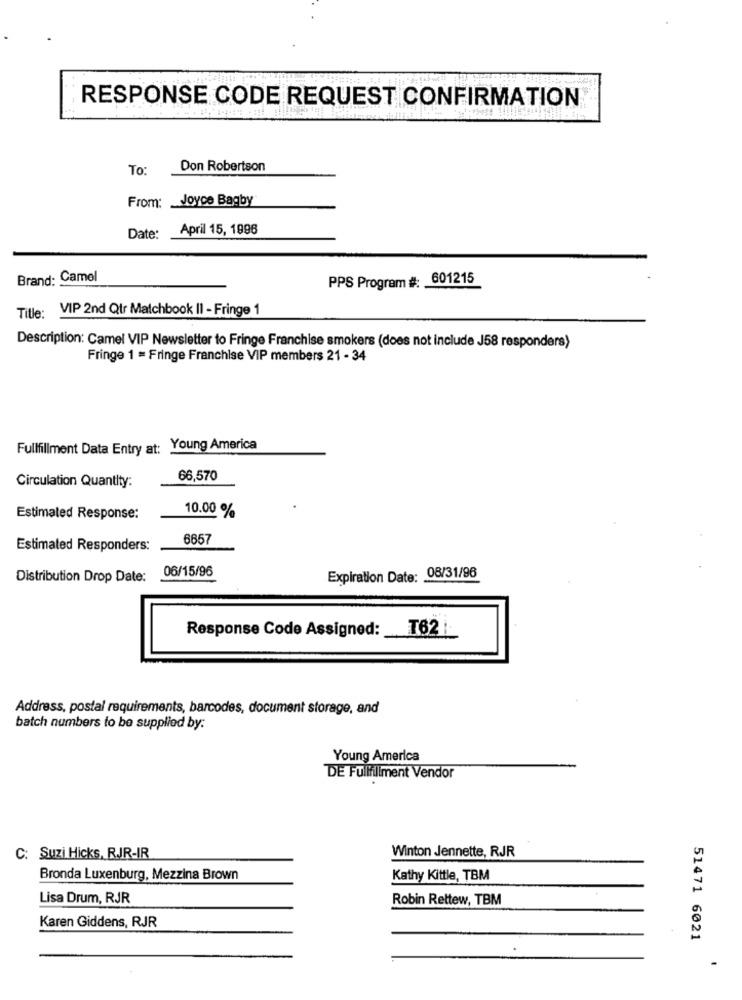
RESPONSE CODE REQUEST CONFIRMATION
To:
Don Robertson
From: _ Joyce Bagby
April 15, 1996
Date:
Brand: Camel
PPS Program #: 601215
VIP 2nd Qtr Matchbook II - Fringe 1
Title:
Description: Camel VIP Newsletter to Fringe Franchise smokers (does not include J58 responders)
Fringe 1 = Fringe Franchise VIP members 21 - 34
Fullfillment Data Entry at: Young America
Circulation Quantity:
66,570
10.00 %
Estimated Response:
6657
Estimated Responders:
06/15/96
Distribution Drop Date:
Expiration Date: 06/31/96
Response Code Assigned: _ T62
Address, postal requirements, barcodes, document storage, and
batch numbers to be supplied by:
Young America
DE Fullfillment Vendor
C: Suzi Hicks, RJR-IR
Winton Jennette, RJR
Bronda Luxenburg, Mezzina Brown
Kathy Kittle, TBM
Lisa Drum, RJR
Robin Rettew, TBM
Karen Giddens, RJR
51471 6021